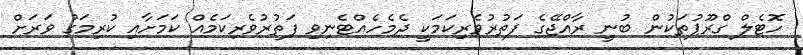
ހޮޓެލް ގްރޫޕުތަކުން ބުނީ ރާއްޖޭގެ ފަތުރުވެރިކަމަކީ ދެމެހެއްޓެނިވި ފަތުރުވެރިކަމެއް ކަމަށާއި ކުރިމަގު ވަރަށް